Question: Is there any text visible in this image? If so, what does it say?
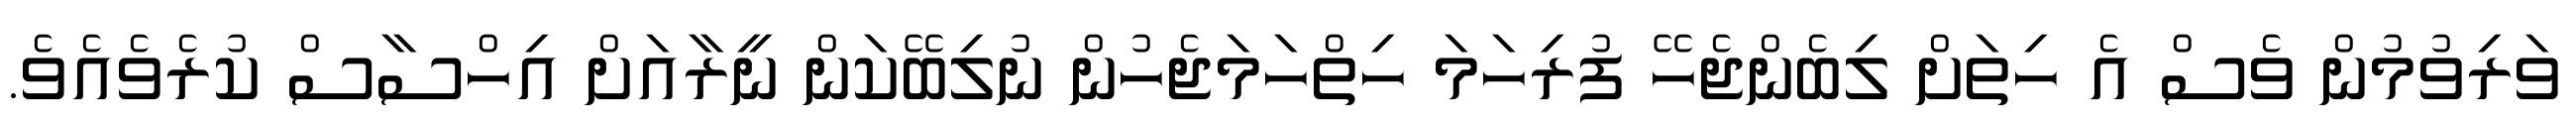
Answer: ވަރިވުމުން ވެސް އެ ހިތަށް ލިބެންޖެހޭ ފުރިހަމަ ހިތްހަމަޖެހުން ނުލިބޭކަން ނީރާއަށް އިހްސާސް ކުރެވެއެވެ.